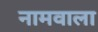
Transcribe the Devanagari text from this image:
नामवाला